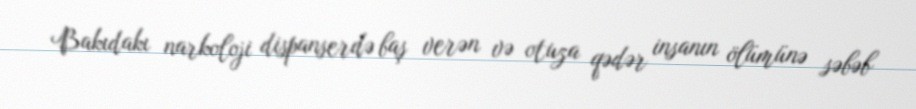
Bakıdakı narkoloji dispanserdə baş verən və otuza qədər insanın ölümünə səbəb